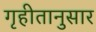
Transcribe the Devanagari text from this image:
गृहीतानुसार